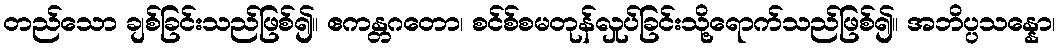
တည်သော ချစ်ခြင်းသည်ဖြစ်၍။ ဧကန္တဂတော၊ စင်စ်စမတုန်လှုပ်ခြင်းသို့ရောက်သည်ဖြစ်၍။ အဘိပ္ပသန္နော၊